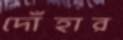
দোঁহার